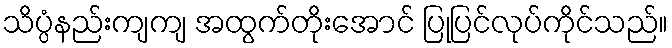
သိပ္ပံနည်းကျကျ အထွက်တိုးအောင် ပြုပြင်လုပ်ကိုင်သည်။